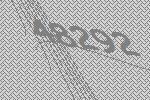
48292